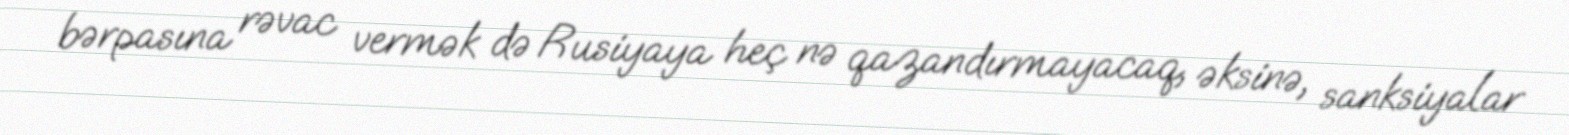
bərpasına rəvac vermək də Rusiyaya heç nə qazandırmayacaq, əksinə, sanksiyalar